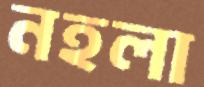
নহলা